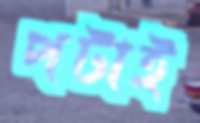
পটাই